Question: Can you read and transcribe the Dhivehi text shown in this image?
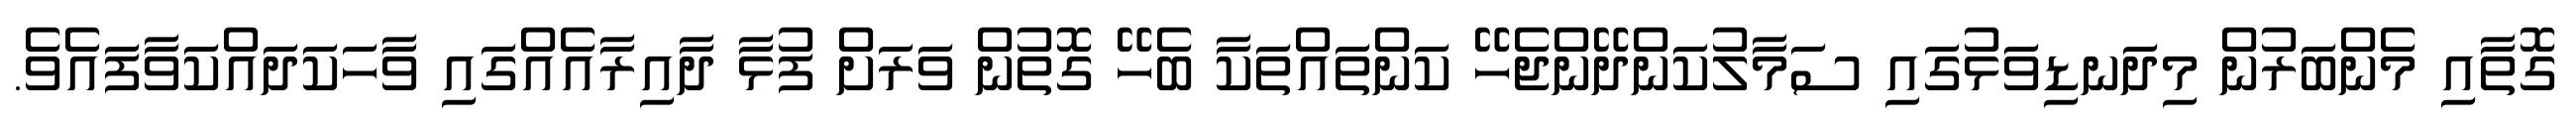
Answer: ގޮތާއި މެންބަރުން މިދަނޑިވަޅުގައި ސަމާލުކަންދޭންޖެހޭ ކަންތައްތަކާ ބެހޭ ގޮތުން ވަރަށް ފުޅާ ދާއިރާއެއްގައި ވާހަކަދައްކަވާފައެވެ.